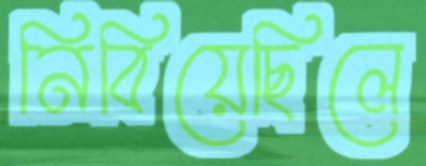
নিবিয়েছিলে